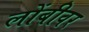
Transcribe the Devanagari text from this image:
लोंबीवर